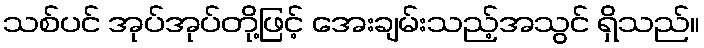
သစ်ပင် အုပ်အုပ်တို့ဖြင့် အေးချမ်းသည့်အသွင် ရှိသည်။